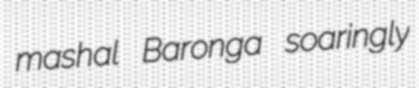
mashal Baronga soaringly